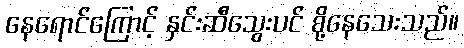
နေရောင်ကြောင့် နှင်းဆီသွေးပင် စို့နေသေးသည်။